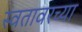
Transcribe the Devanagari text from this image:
स्वतावरच्या